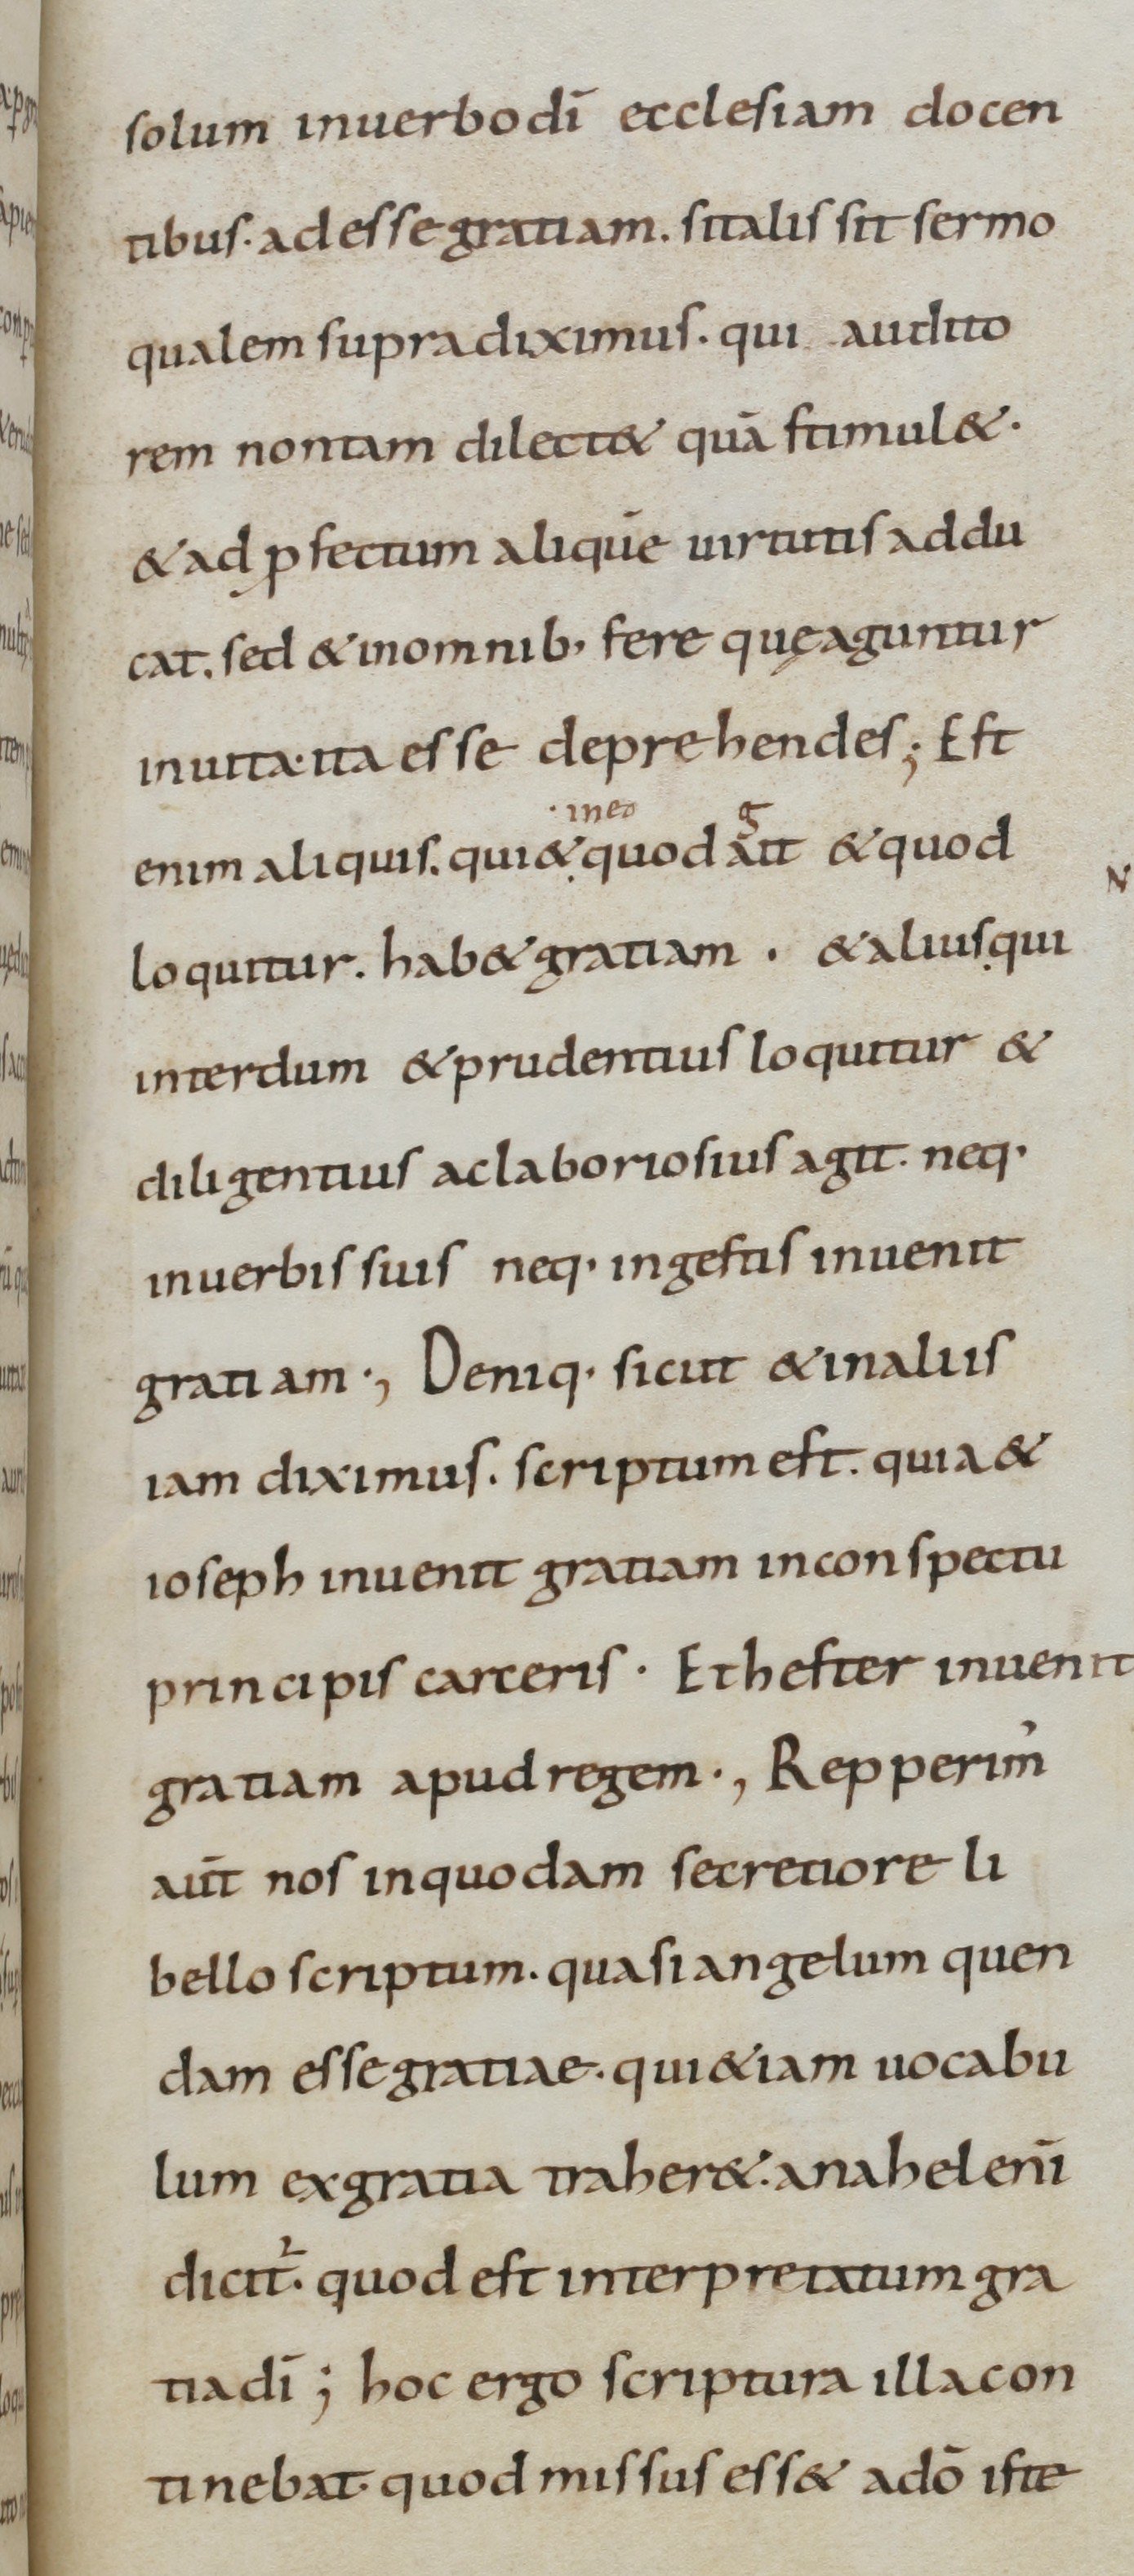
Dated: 800–899